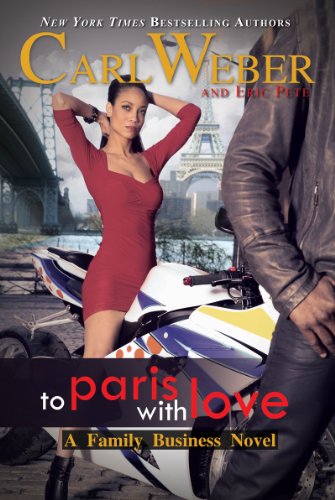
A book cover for To Paris with Love: A Family Business Novel (Family Business Novels); Carl Weber; Literature & Fiction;